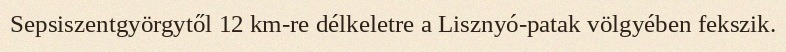
Sepsiszentgyörgytől 12 km-re délkeletre a Lisznyó-patak völgyében fekszik.